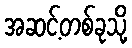
အဆင့်တစ်ခုသို့